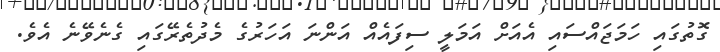
ގޮތުގައި ހަމަޖައްސައި އެއަށް އަމަލީ ސިފައެއް އަންނަ އަހަރުގެ މެދުތެރޭގައި ގެނެވޭނެ އެވެ.